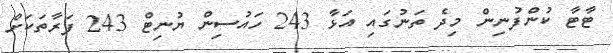
ޓާޓާ ކުންފުނިން މިދެ ތަނުގައި އަޅާ 243 ހައުސިން ޔުނިޓް 243 ފަރާތަކަށް